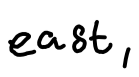
Text: east,
Cross-out: clean
Writing tool: digital_black